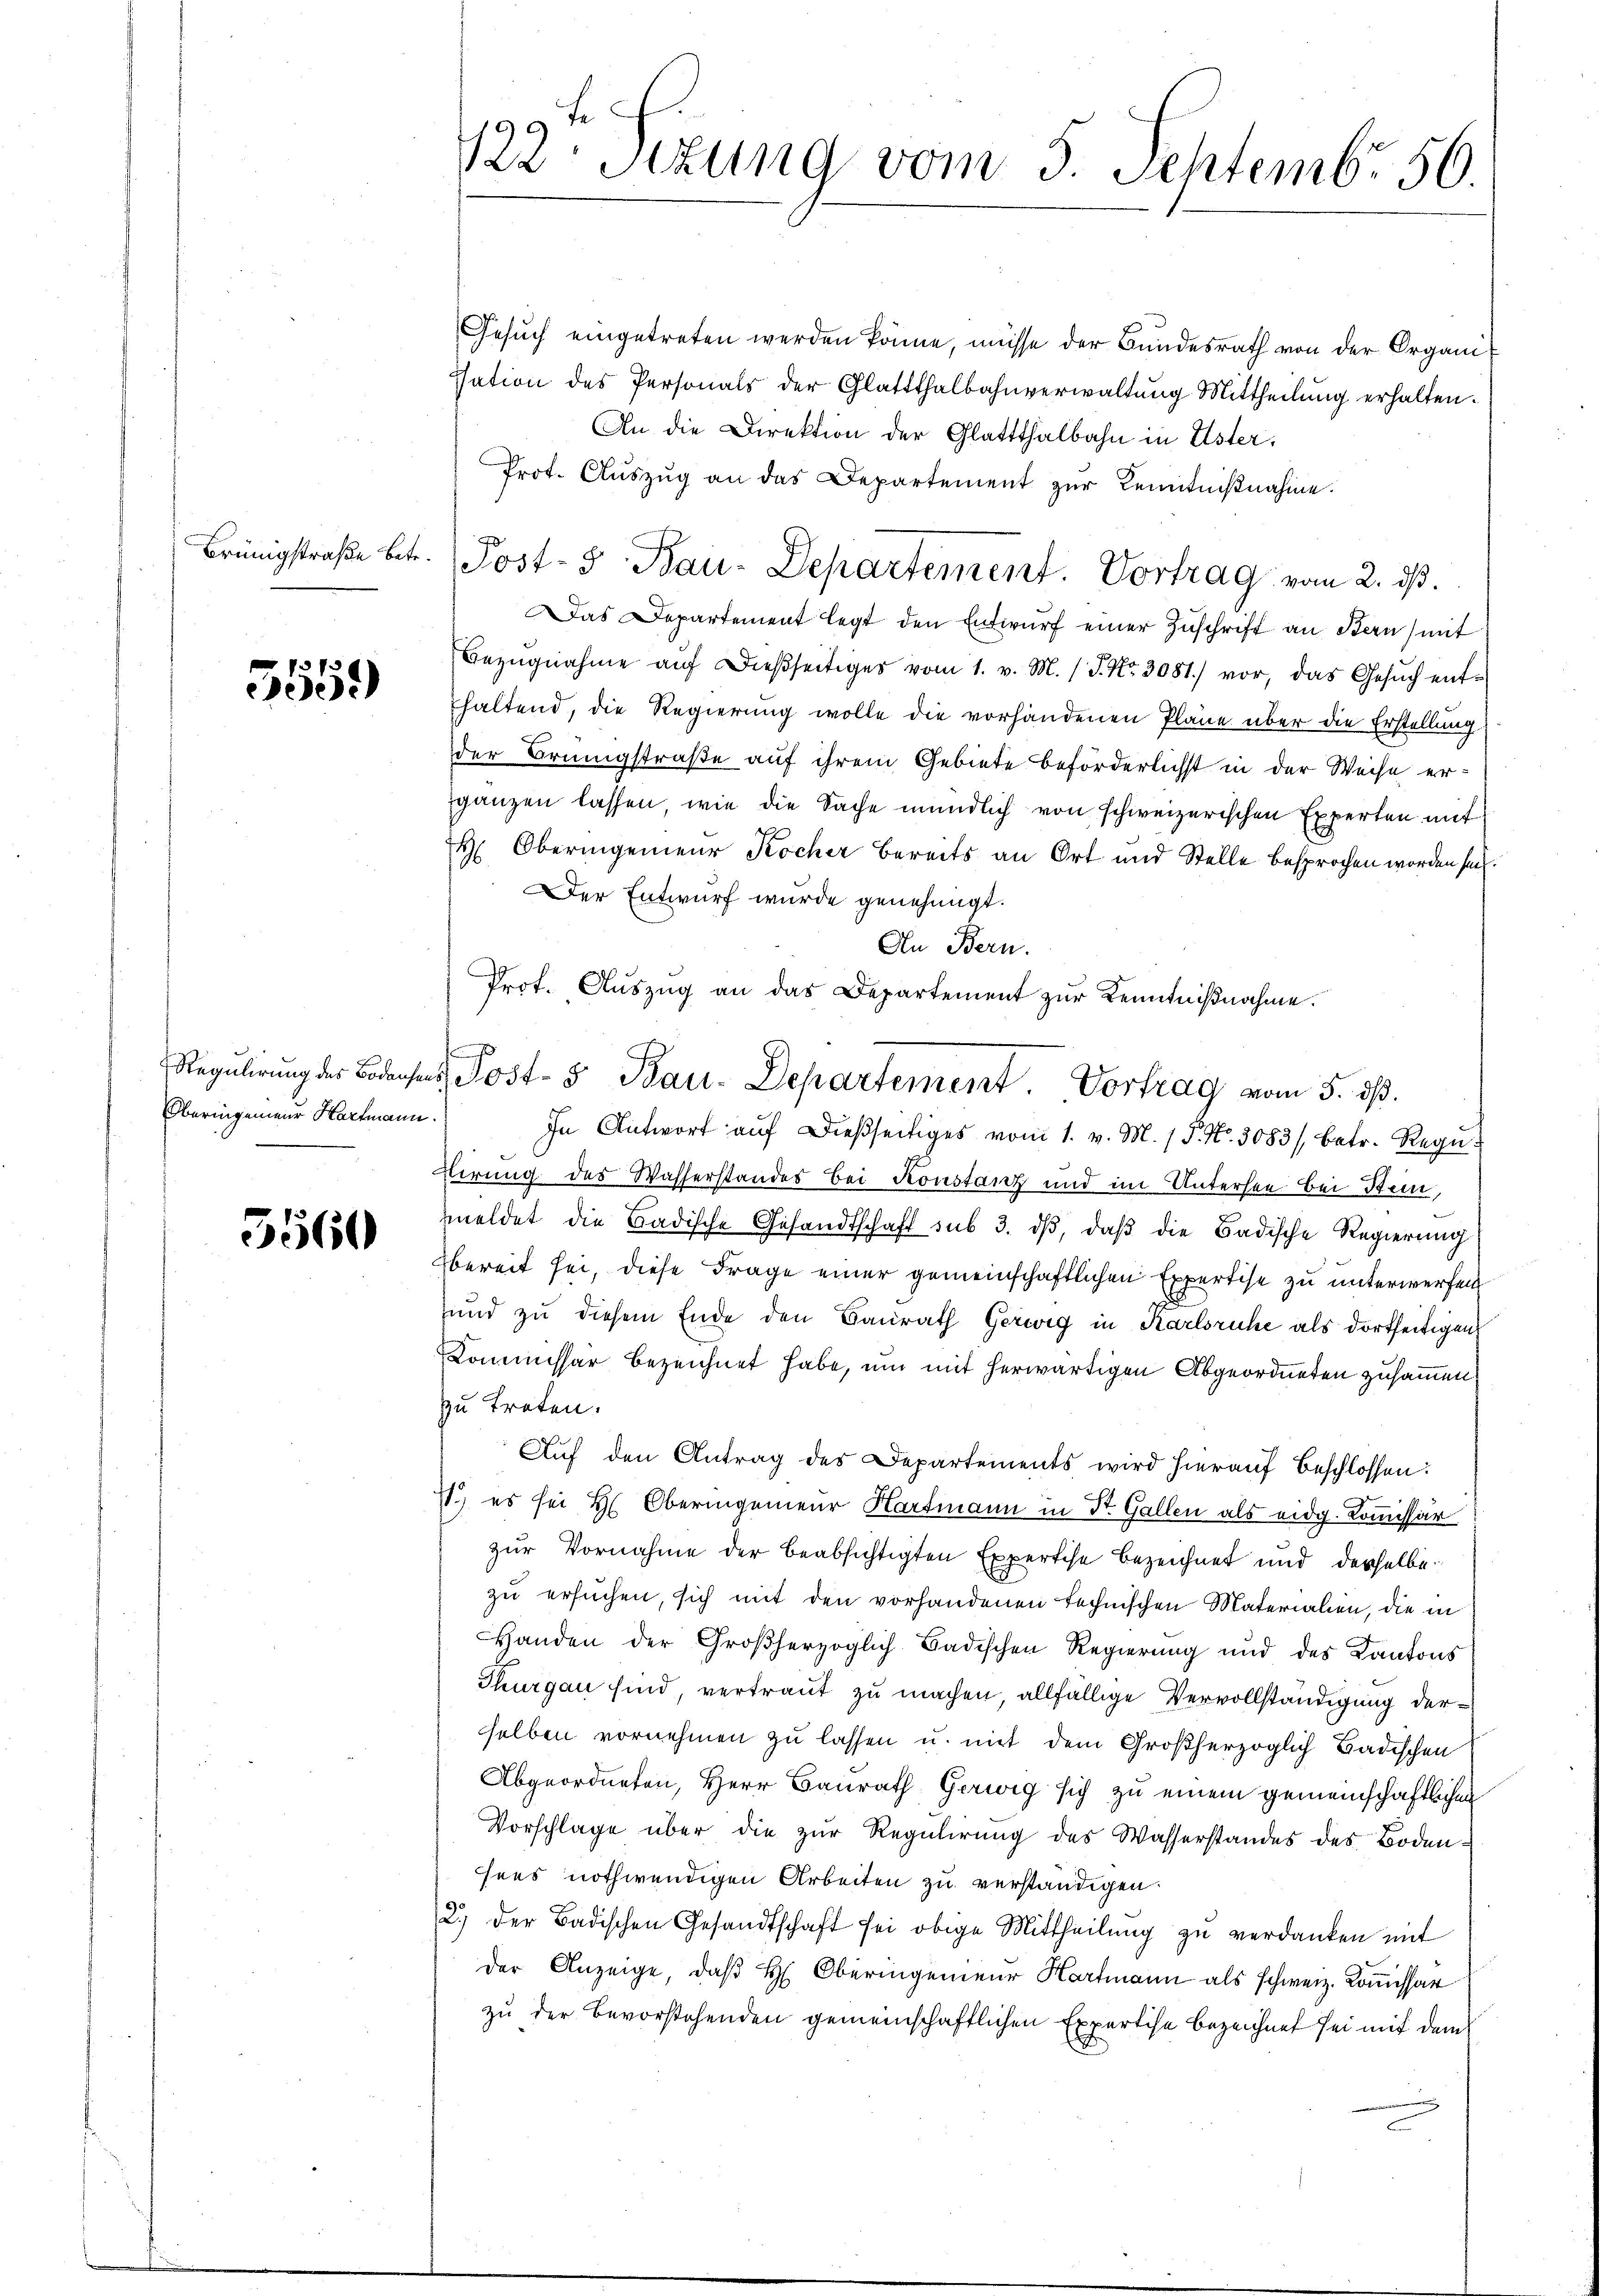
Brünigstraße betr.

7
)

Oberingenieur Hartmann

5560

fe
122 Stzung vom 3. Septembr 56.

Gesuch eingetreten werden könne, müsse der Bundesrath von der Organisation des Personals der Glattthalbahnverwaltŭng Mittheilŭng erhalten.
An die Direktion der Glattthalbahn in Uster,
Prot. Aŭszŭg an das Departement zŭr Kenntniβnahme.
Das Departement legt den Entwŭrf einer Zŭschrift an Bern mit
Bezŭgnahme aŭf dießseitiges vom 1. v. M. (S. Nr. 3081) vor, das Gesŭch ent-
haltend, die Regierung wolle die vorhandenen Pläne über die Erstellung
der Brüngstraße auf ihrem Gebiete beförderlichst in der Weise er-
ganzen lassen, wie die Sache mündlich von schweizerischen Experten mit
H. Oberingenieur Kocher bereits an Ort und Stelle besprochen worden sei.
Der Entwurf wurde genehmigt.
An Bern.
Prot. Aŭszŭg an das Departement zŭr Kenntnißnahme.
In Antwort auf dießseitiges vom 1. v. M. / P. Nr. 3083/ betr. Regu
tirung des Wasserstandes Bei Konstanz und im Untersee bei Stein,
meldet die Badische Gesandtschaft sub 3. dβ, daβ die Badische Regierŭng
bereit sei, diese Frage einer gemeinschaftlichen Expertise zu unterwerfen
und zu diesem Ende den Baurath Gerweg in Karlsruhe als dortseitigen
Commissär bezeichnet habe, um mit herwärtigen Abgeordneten zusammen.
zu treten.
Auf den Antrag des Departements wird hierauf beschlossen:
1.) es sei Hr. Oberingenieur Hartmann in Dr. Gallen als eidg. Kommissär
zur Vornahme der beabsichtigten Expertise bezeichnet und derselbe
zu ersuchen, sich mit den vorhandenen technischen Materialien, die in
Handen der Großherzoglich-Badischen Regierung und des Kantons
Thurgau sind, vertraut zu machen, allfällige Vervollständigung derselben vornehmen zu lassen u. mit dem Großherzoglich Badischen
Abgeordneten, Herr Baurath, Gerweg sich zu einem gemeinschaftlichen
Vorschlage über die zur Regulirung des Wasserstandes des Boden.
hees nothwendigen Arbeiten zu verständigen.
2.) Der Badischen Gesandtschaft sei obige Mittheilŭng zŭ verdanken mit
der Anzeige, daß H. Oberingenieur Hartmann als schweiz. Kommissar
zu der Bevorstehenden gemeinschaftlichen Expertise bezeichnet sei mit dem

Post- 5. Bau-Departement. Vortrag vom 2. ds.

Regulirung der Bodenses Post- 5. Bau-Departement. Vortrag vom 5. ds.